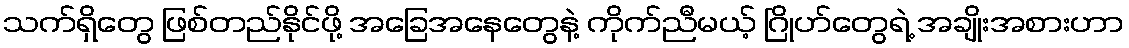
သက်ရှိတွေ ဖြစ်တည်နိုင်ဖို့ အခြေအနေတွေနဲ့ ကိုက်ညီမယ့် ဂြိုဟ်တွေရဲ့ အချိုးအစားဟာ